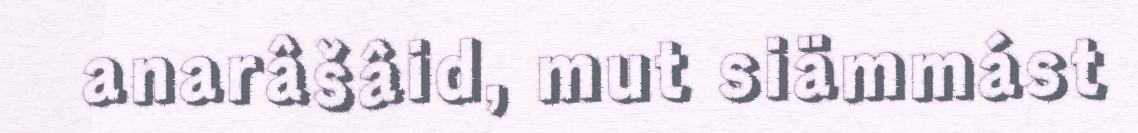
anarâšâid, mut siämmást